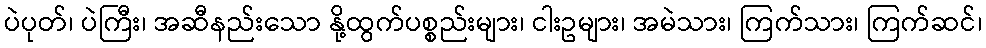
ပဲပုတ်၊ ပဲကြီး၊ အဆီနည်းသော နို့ထွက်ပစ္စည်းများ၊ ငါးဥများ၊ အမဲသား၊ ကြက်သား၊ ကြက်ဆင်၊